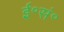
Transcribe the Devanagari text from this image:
ई॰सं॰